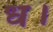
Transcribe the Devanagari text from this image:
ध।